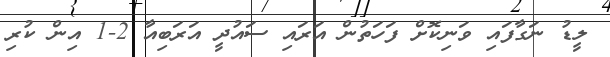
ލީޑު ނަގާފައި ވަނިކޮށް ފަހަތުން އަރައި ސައުދީ އަރަބިއާ 2-1 އިން ކުރި